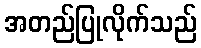
အတည်ပြုလိုက်သည်